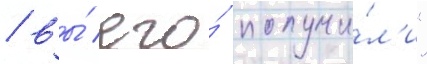
/ вы́ его́ получи́л'и"